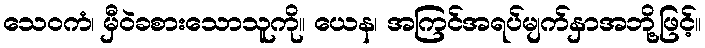
သေဝကံ၊ မှီဝဲခစားသောသူကို။ ယေန၊ အကြင်အရပ်မျက်နှာအဘို့ဖြင့်။